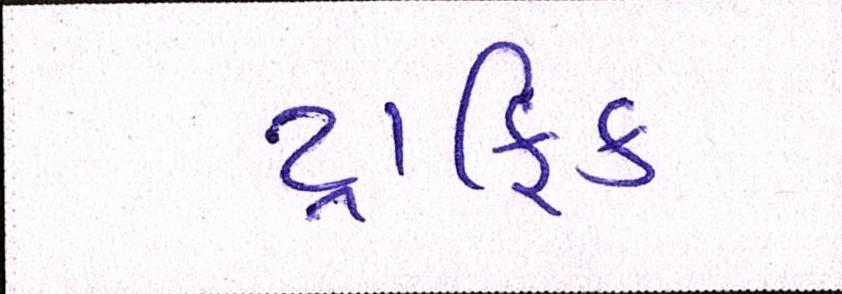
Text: ટ્રાફિક